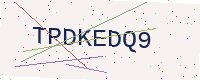
Text: TPDKEDQ9